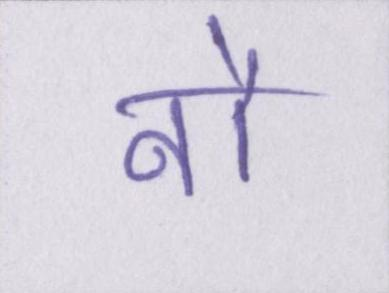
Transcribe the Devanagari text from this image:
नौ